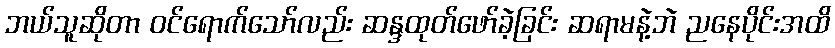
ဘယ်သူဆိုတာ ဝင်ရောက်သော်လည်း ဆန္ဒထုတ်ဖော်ခဲ့ခြင်း ဆရာမနဲ့ဘဲ ညနေပိုင်းအထိ